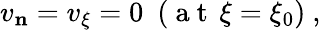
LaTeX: \begin{array}{r}{v_{\mathbf{n}}=v_{\xi}=0\ \ ({\mathrm{~a~t~}}\, \xi=\xi_{0})\ ,\ }\end{array}